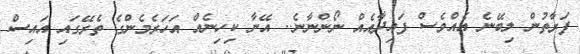
ފަރާތުން ލިބޭނެ އެއްވެސް ފައިދާއެއް ނޯންނާނެ.. އޭނާ ކިހިނެއް އަހަރެމެންގެ ތެރޭގައި އައިސް